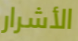
الأشرار